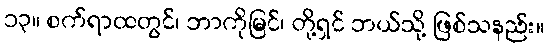
၁၃။ စက်ရာထတွင်၊ ဘာကိုမြင်၊ တို့ရှင် ဘယ်သို့ ဖြစ်သနည်း။